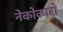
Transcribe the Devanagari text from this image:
नेकोकारो